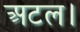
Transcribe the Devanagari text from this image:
अटल।